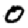
Digit: 0